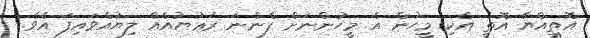
އޮތިއްޔާ އޮތީ އެކި މީހުން އެ މީހުންނަށް ފެންނަ ރަޢުޔުއެއް ލިޔުއްވައިފަ އެވެ.